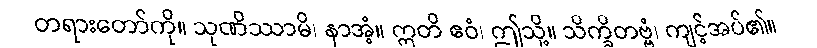
တရားတော်ကို။ သုဏိဿာမိ၊ နာအံ့။ ဣတိ ဧဝံ၊ ဤသို့။ သိက္ခိတဗ္ဗံ၊ ကျင့်အပ်၏။